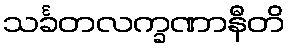
သင်္ခတလက္ခဏာနီတိ